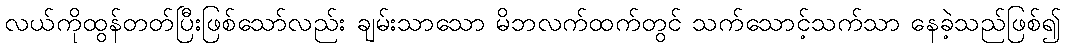
လယ်ကိုထွန်တတ်ပြီးဖြစ်သော်လည်း ချမ်းသာသော မိဘလက်ထက်တွင် သက်သောင့်သက်သာ နေခဲ့သည်ဖြစ်၍